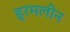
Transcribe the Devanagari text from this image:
ड्रमलीन